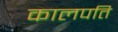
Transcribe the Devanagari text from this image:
कालपति